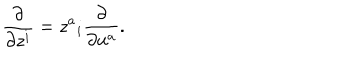
\frac { \partial } { \partial z ^ { i } } = z ^ { a } { } _ { i } \frac { \partial } { \partial u ^ { a } } .